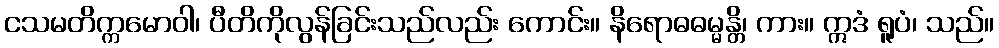
ငသမတိက္ကမောဝါ၊ ပီတိကိုလွန်ခြင်းသည်လည်း ကောင်း။ နိရောဓဓမ္မန္တိ၊ ကား။ ဣဒံ ရူပံ၊ သည်။